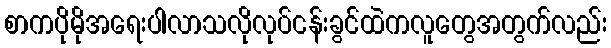
စာကပိုမိုအရေးပါလာသလိုလုပ်ငန်းခွင်ထဲကလူတွေအတွက်လည်း